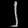
Digit: ၂